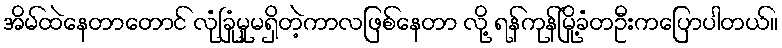
အိမ်ထဲနေတာတောင် လုံခြုံမှုမရှိတဲ့ကာလဖြစ်နေတာ လို့ ရန်ကုန်မြို့ခံတဦးကပြောပါတယ်။